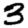
Digit: 3